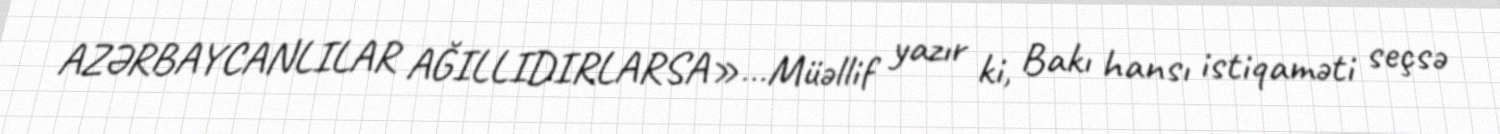
AZƏRBAYCANLILAR AĞILLIDIRLARSA»…Müəllif yazır ki, Bakı hansı istiqaməti seçsə